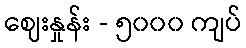
ဈေးနှုန်း - ၅၀၀၀ ကျပ်